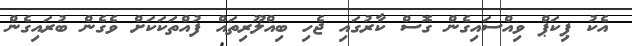
އެކު ޕިކަޕް ވިއްސައިގެން ގޮސް ކާރުގައި ޖެހި ބިއްލޫރިތައް ފުއްތަކަކަށް ވެގެން ބުރައިގެން